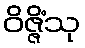
ဝိဇ္ဇိံသု